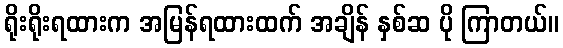
ရိုးရိုးရထားက အမြန်ရထားထက် အချိန် နှစ်ဆ ပို ကြာတယ်။